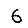
Digit: 6